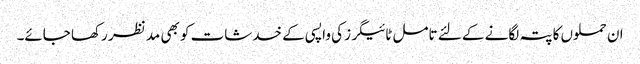
ان حملوں کا پتہ لگانے کے لئے تامل ٹائیگرز کی واپسی کے خدشات کو بھی مد نظر رکھا جائے۔